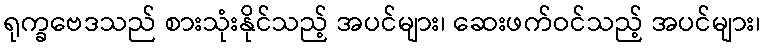
ရုက္ခဗေဒသည် စားသုံးနိုင်သည့် အပင်များ၊ ဆေးဖက်ဝင်သည့် အပင်များ၊